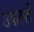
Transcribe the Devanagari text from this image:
उपटनों